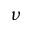
\nu